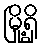
မြို့ရှိ